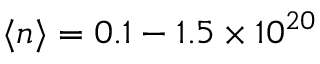
\langle n \rangle = 0 . 1 - 1 . 5 \times 1 0 ^ { 2 0 }